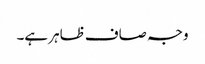
وجہ صاف ظاہر ہے۔